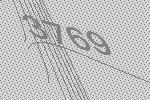
3769